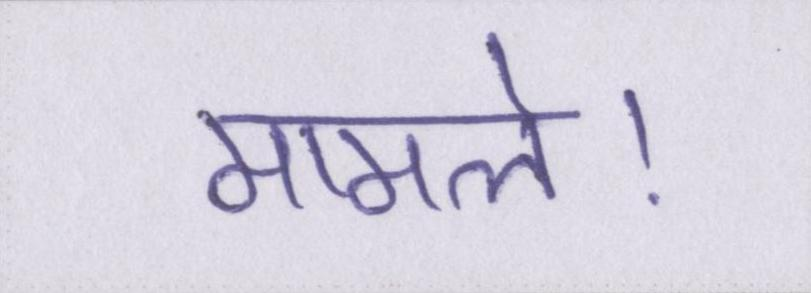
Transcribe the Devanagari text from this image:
मामले।